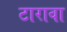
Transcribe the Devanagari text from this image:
टारावा